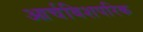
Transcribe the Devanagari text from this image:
आर्चबिशपरिक